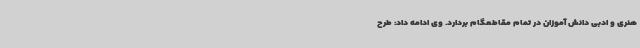
هنری و ادبی دانش آموزان در تمام مقاطعگام بردارد. وی ادامه داد: طرح